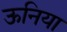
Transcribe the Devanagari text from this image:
ऊनिया